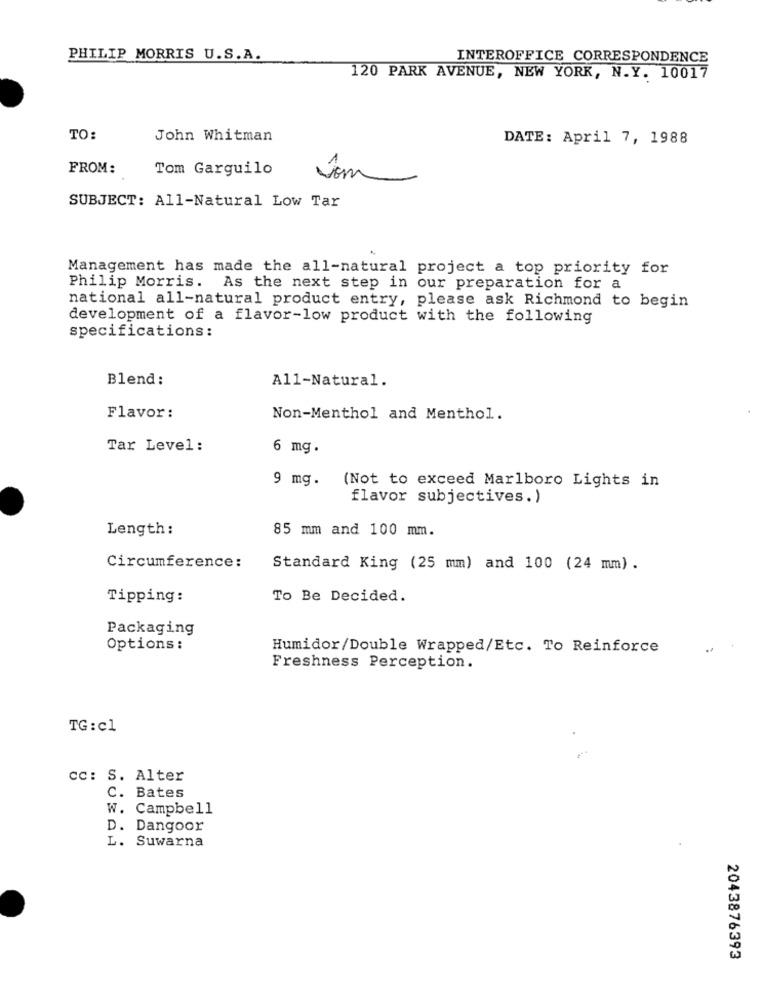
PHILIP MORRIS U.S.A.
INTEROFFICE CORRESPONDENCE
120 PARK AVENUE, NEW YORK, N.Y. 10017
TO:
John Whitman
DATE: April 7, 1988
FROM:
Tom Garguilo
som
SUBJECT: All-Natural Low Tar
Management has made the all-natural project a top priority for
Philip Morris. As the next step in our preparation for a
national all-natural product entry, please ask Richmond to begin
development of a flavor-low product with the following
specifications:
Blend:
All-Natural.
Flavor:
Non-Menthol and Menthol.
Tar Level:
6 mg.
9 mg .
(Not to exceed Marlboro Lights in
flavor subjectives.)
Length :
85 mm and 100 mm.
Circumference:
Standard King (25 mm) and 100 (24 mm) .
Tipping:
To Be Decided.
Packaging
Options :
Humidor/Double Wrapped/Etc. To Reinforce
Freshness Perception.
TG:cl
cc: S. Alter
C. Bates
W. Campbell
D. Dangoor
L. Suwarna
2043876393